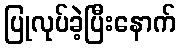
ပြုလုပ်ခဲ့ပြီးနောက်